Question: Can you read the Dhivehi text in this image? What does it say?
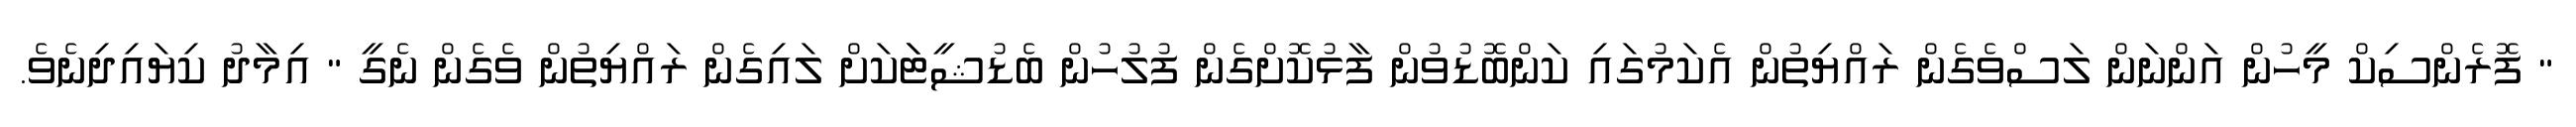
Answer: " ފޮރެންސިކް މީހުން އަންނަން ލަސްވެގެން ރައްޔިތުން އެކަމުގައި ކަންބޮޑުވުން ފާޅުކޮށްގެން ފުލުހުން ބެޑުޝީޓަަކަށް ލައިގެން ރައްޔިތުން ވެގެން ނެގީ " އިމާދު ކިޔައިދިނެވެ.